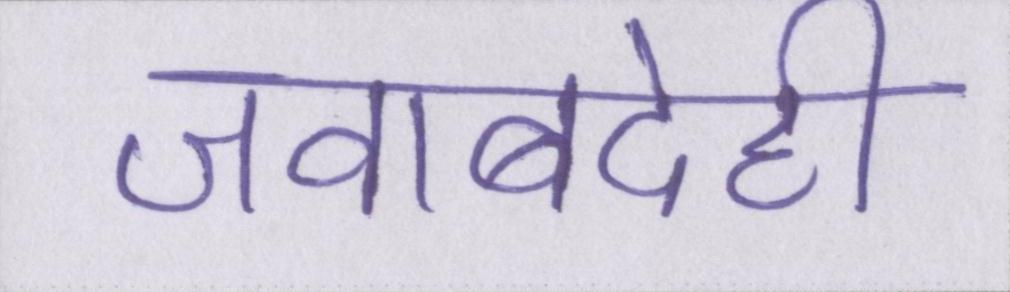
जवाबदेही